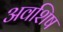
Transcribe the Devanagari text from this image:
अवशिष